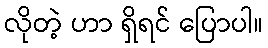
လိုတဲ့ ဟာ ရှိရင် ပြောပါ။